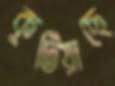
কুটিয়াছে